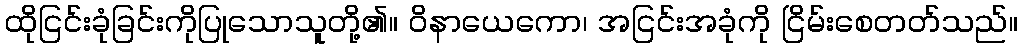
ထိုငြင်းခုံခြင်းကိုပြုသောသူတို့၏။ ဝိနာယေကော၊ အငြင်းအခုံကို ငြိမ်းစေတတ်သည်။